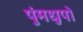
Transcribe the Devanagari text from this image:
पुंमधुपों